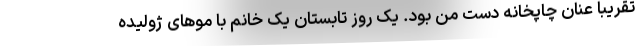
تقریبا عنان چاپخانه دست من بود. یک روز تابستان یک خانم با موهای ژولیده